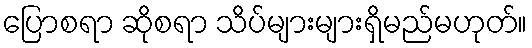
ပြောစရာ ဆိုစရာ သိပ်များများရှိမည်မဟုတ်။